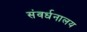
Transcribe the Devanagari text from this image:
संवर्धनालय